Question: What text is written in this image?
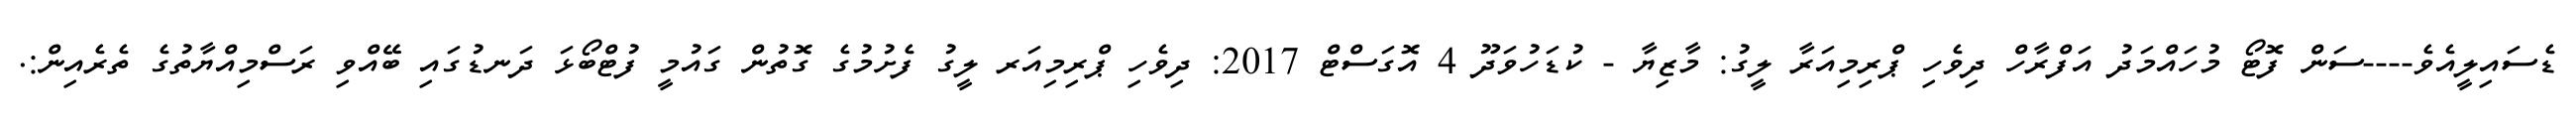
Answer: ޑެސައިލީއެވެ----ސަން ފޮޓޯ މުހައްމަދު އަފްރާހް ދިވެހި ޕްރިމިއަރާ ލީގު: މާޒިޔާ - ކުޑަހުވަދޫ 4 އޮގަސްޓް 2017: ދިވެހި ޕްރިމިއަރ ލީގު ފެށުމުގެ ގޮތުން ގައުމީ ފުޓްބޯޅަ ދަނޑުގައި ބޭއްވި ރަސްމިއްޔާތުގެ ތެރެއިން:.